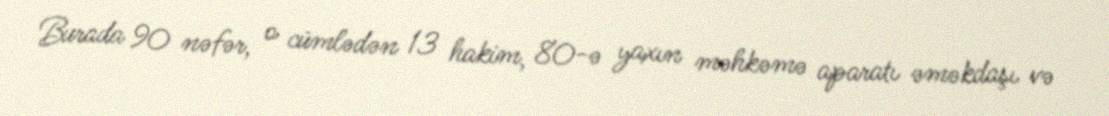
Burada 90 nəfər, o cümlədən 13 hakim, 80-ə yaxın məhkəmə aparatı əməkdaşı və